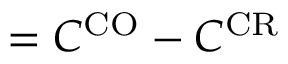
= C ^ { \mathrm { C O } } - C ^ { \mathrm { C R } }